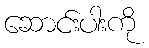
ဆောင်းပါးကို